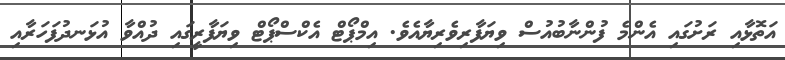
އަތޮޅާއި ރަށުގައި އެންމެ ފުންނާބުއުސް ވިޔަފާރިވެރިޔާއެވެ. އިމްޕޯޓް އެކްސްޕޯޓް ވިޔަފާރީގައި ދުއްވާ އުޅަނދުފަހަރާއި